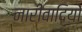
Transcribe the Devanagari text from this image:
नारीवादियों